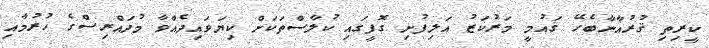
ކީރިތި ޤުރުއާނާބެހޭ ޤައުމީ މަރުކަޒު އަލިފުށި ގޮފީގައި ކުލާސްތަކަށް ކިޔަވައިދެއްވާ މުދައްރިސްގެ ހުރުމާއި